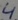
Text: 4